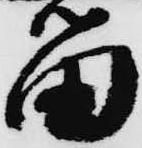
留